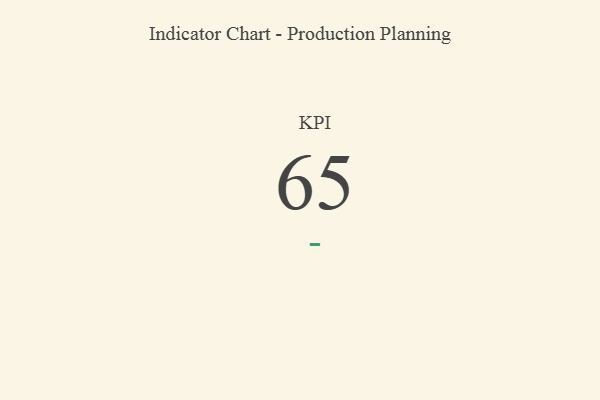
{"axis": {"x": "KPI", "y": "Value"}, "legend": [""], "data": [{"x": "KPI", "y": 65, "type": ""}]}